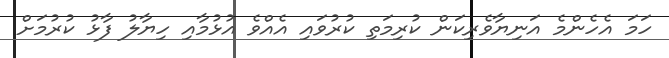
ހަމަ އެހެންމެ އަނިޔާވެރިކަން ކުރިމަތި ކުރުވައި އެއްވެ އުޅުމާއި ހިޔާލު ފާޅު ކުރުމަށް